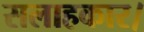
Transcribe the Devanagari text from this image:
सलाहकार।